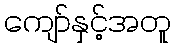
ကျော်နှင့်အတူ